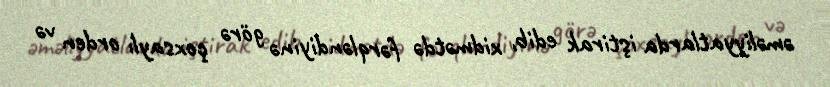
əməliyyatlarda iştirak edib, xidmətdə fərqləndiyinə görə çoxsaylı orden və